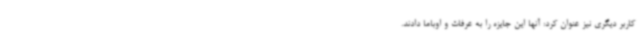
کاربر دیگری نیز عنوان کرد: آنها این جایزه را به عرفات و اوباما دادند.